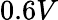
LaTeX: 0.6V